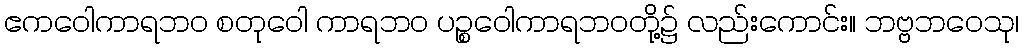
ဧကဝေါကာရဘဝ စတုဝေါ ကာရဘဝ ပဉ္စဝေါကာရဘဝတို့၌ လည်းကောင်း။ ဘဗ္ဗဘဝေသု၊